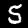
Label: 5